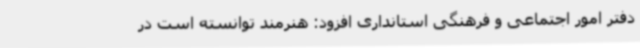
دفتر امور اجتماعی و فرهنگی استانداری افزود: هنرمند توانسته است در